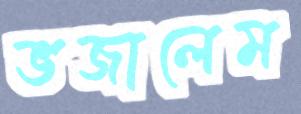
ভজালেম